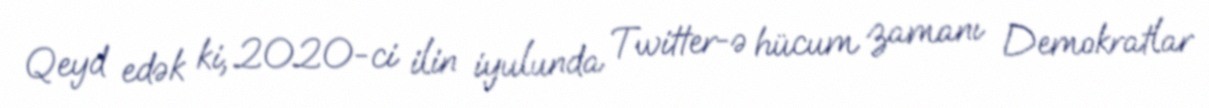
Qeyd edək ki, 2020-ci ilin iyulunda Twitter-ə hücum zamanı Demokratlar